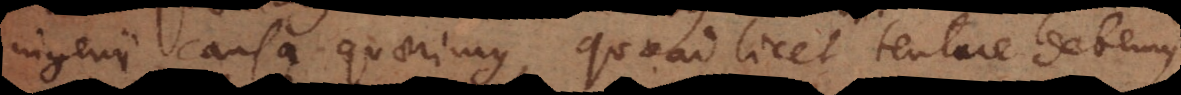
ingenii causa quaerimus, quoad licet tentare debemu